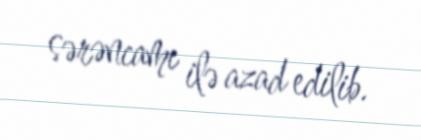
sərəncamı ilə azad edilib.